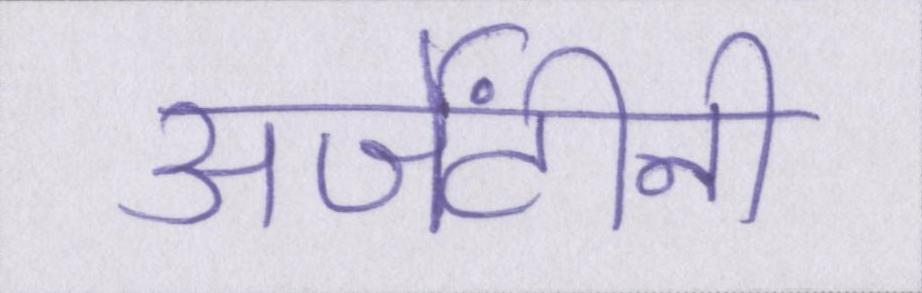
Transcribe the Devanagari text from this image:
अर्जेंटीनी